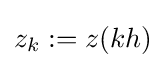
z_{k}:=z(kh)